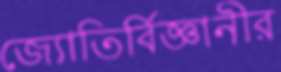
জ্যোতির্বিজ্ঞানীর